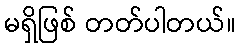
မရှိဖြစ် တတ်ပါတယ်။